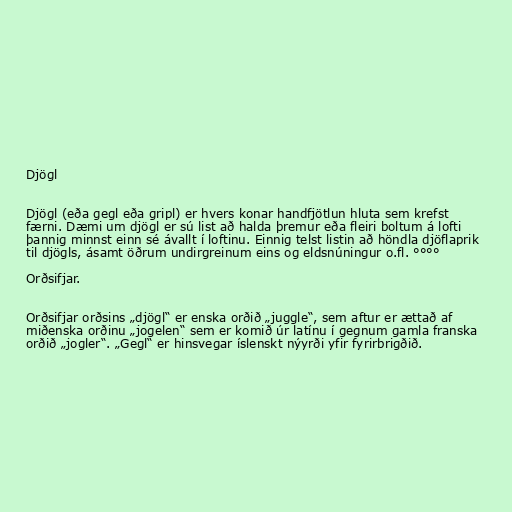
Djögl

Djögl (eða gegl eða gripl) er hvers konar handfjötlun hluta sem krefst
færni. Dæmi um djögl er sú list að halda þremur eða fleiri boltum á lofti
þannig minnst einn sé ávallt í loftinu. Einnig telst listin að höndla djöflaprik
til djögls, ásamt öðrum undirgreinum eins og eldsnúningur o.fl. °°°°

Orðsifjar.

Orðsifjar orðsins „djögl“ er enska orðið „juggle“, sem aftur er ættað af
miðenska orðinu „jogelen“ sem er komið úr latínu í gegnum gamla franska
orðið „jogler“. „Gegl“ er hinsvegar íslenskt nýyrði yfir fyrirbrigðið.